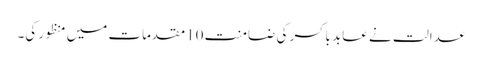
عدالت نے عابد باکسر کی ضامنت 10مقدمات میں منظور کی۔